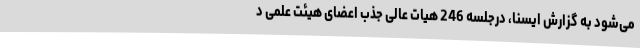
می‌شود به گزارش ایسنا، درجلسه 246 هیات عالی جذب اعضای هیئت علمی د